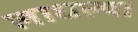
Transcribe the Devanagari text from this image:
लाधल्या